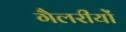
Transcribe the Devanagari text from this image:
गैलरीयों